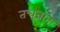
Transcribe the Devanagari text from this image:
तन्त्रज्ञान